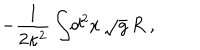
- { \frac { 1 } { 2 \kappa ^ { 2 } } } \int \! d ^ { 2 } x \, \sqrt g \, R \ ,